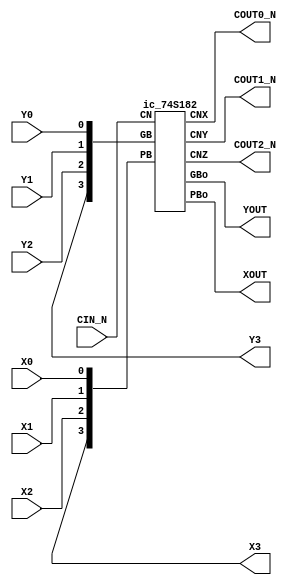
/****************************************************************************
 *                                                                          *
 *  VERILOG HIGH-LEVEL DESCRIPTION OF THE TI 74182 CIRCUIT                  *
 *                                                                          *
 *  Function: Carry Lookahead Generator                                     *
 *                                                                          *
 *  Written by: Mark C. Hansen                                              *
 *                                                                          *
 *                                                                          *
 ****************************************************************************/

module part_74S182 ( X0, X1, X2, Y0, Y1, Y2, CIN_N,
		 XOUT, YOUT, X3, Y3,
		 COUT0_N, COUT1_N, COUT2_N );

  input X0, X1, X2, Y0, Y1, Y2, CIN_N;
  output XOUT, YOUT, X3, Y3;
  output COUT0_N, COUT1_N, COUT2_N;

  wire[3:0] XX, YY;

  assign XX[0] = X0;
  assign XX[1] = X1;
  assign XX[2] = X2;
  assign XX[3] = X3;

  assign YY[0] = Y0;
  assign YY[1] = Y1;
  assign YY[2] = Y2;
  assign YY[3] = Y3;

  ic_74S182 blah (CIN_N, XX, YY, XOUT, YOUT, COUT0_N, COUT1_N, COUT2_N);

endmodule

module ic_74S182 (CN, PB, GB, PBo, GBo, CNX, CNY, CNZ);

  input[3:0]    PB, GB;
  input	        CN;

  output	PBo, GBo, CNX, CNY, CNZ;
	
  TopLevel74182 Ckt74182 (CN, PB, GB, PBo, GBo, CNX, CNY, CNZ);

endmodule /* Circuit74182 */

/*************************************************************************/

module TopLevel74182 (CN, PB, GB, PBo, GBo, CNX, CNY, CNZ);

  input[3:0]	PB, GB;
  input         CN;

  output	PBo, GBo, CNX, CNY, CNZ;

  not CNBgate(CNB, CN);

  and PB0GB0gate(PB0GB0, PB[0], GB[0]);
  and CNBGB0gate(CNBGB0, CNB, GB[0]);

  and PB1GB1gate(PB1GB1, PB[1], GB[1]);
  and PB0GB01gate(PB0GB01, PB[0], GB[0], GB[1]);
  and CNBGB01gate(CNBGB01, CNB, GB[0], GB[1]);

  and PB2GB2gate(PB2GB2, PB[2], GB[2]);
  and PB1GB12gate(PB1GB12, PB[1], GB[1], GB[2]);
  and PB0GB012gate(PB0GB012, PB[0], GB[0], GB[1], GB[2]);
  and CNBGB012gate(CNBGB012, CNB, GB[0], GB[1], GB[2]);

  and PB3GB3gate(PB3GB3, PB[3], GB[3]);
  and PB2GB23gate(PB2GB23, PB[2], GB[2], GB[3]);
  and PB1GB123gate(PB1GB123, PB[1], GB[1], GB[2], GB[3]);
  and GB0123gate(GB0123, GB[0], GB[1], GB[2], GB[3]);

  or PBogate(PBo,PB[0],PB[1],PB[2],PB[3]);

  or GBogate(GBo,PB3GB3,PB2GB23,PB1GB123,GB0123);

  nor CNZgate(CNZ,PB2GB2,PB1GB12,PB0GB012,CNBGB012);

  nor CNYgate(CNY,PB1GB1,PB0GB01,CNBGB01);

  nor CNXgate(CNX,PB0GB0,CNBGB0);


endmodule /* TopLevel74182 */